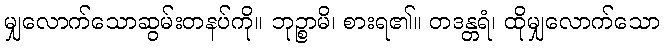
မျှလောက်သောဆွမ်းတနပ်ကို။ ဘုဉ္စာမိ၊ စားရ၏။ တဒန္တရံ၊ ထိုမျှလောက်သော